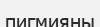
пигмияны